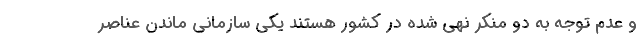
و عدم توجه به دو منکر نهی شده در کشور هستند یکی سازمانی ماندن عناصر